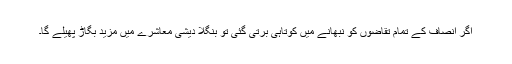
اگر انصاف کے تمام تقاضوں کو نبھانے میں کوتاہی برتی گئی تو بنگلا دیشی معاشرے میں مزید بگاڑ پھیلے گا۔